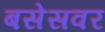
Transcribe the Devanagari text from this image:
बसेसवर